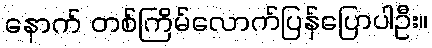
နောက် တစ်ကြိမ်လောက်ပြန်ပြောပါဦး။